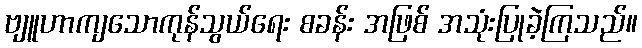
ဗျူဟာကျသောကုန်သွယ်ရေး စခန်း အဖြစ် အသုံးပြုခဲ့ကြသည်။